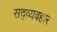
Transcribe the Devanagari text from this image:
सद्‍व्यवहार